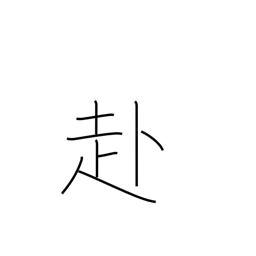
Meaning: tend